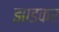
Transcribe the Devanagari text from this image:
झाडकर